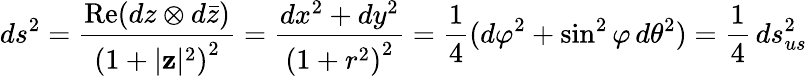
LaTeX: ds^{2}={\frac{\operatorname{Re}(dz\otimes d{\bar{z}})}{\left(1+|\mathbf{z}|{\vphantom{l}}^{2}\right)^{2}}}={\frac{dx^{2}+dy^{2}}{\left(1+r^{2}\right)^{2}}}={\frac{1}{4}}(d\varphi^{2}+\sin^{2}\varphi\, d\theta^{2})={\frac{1}{4}}\, ds_{us}^{2}